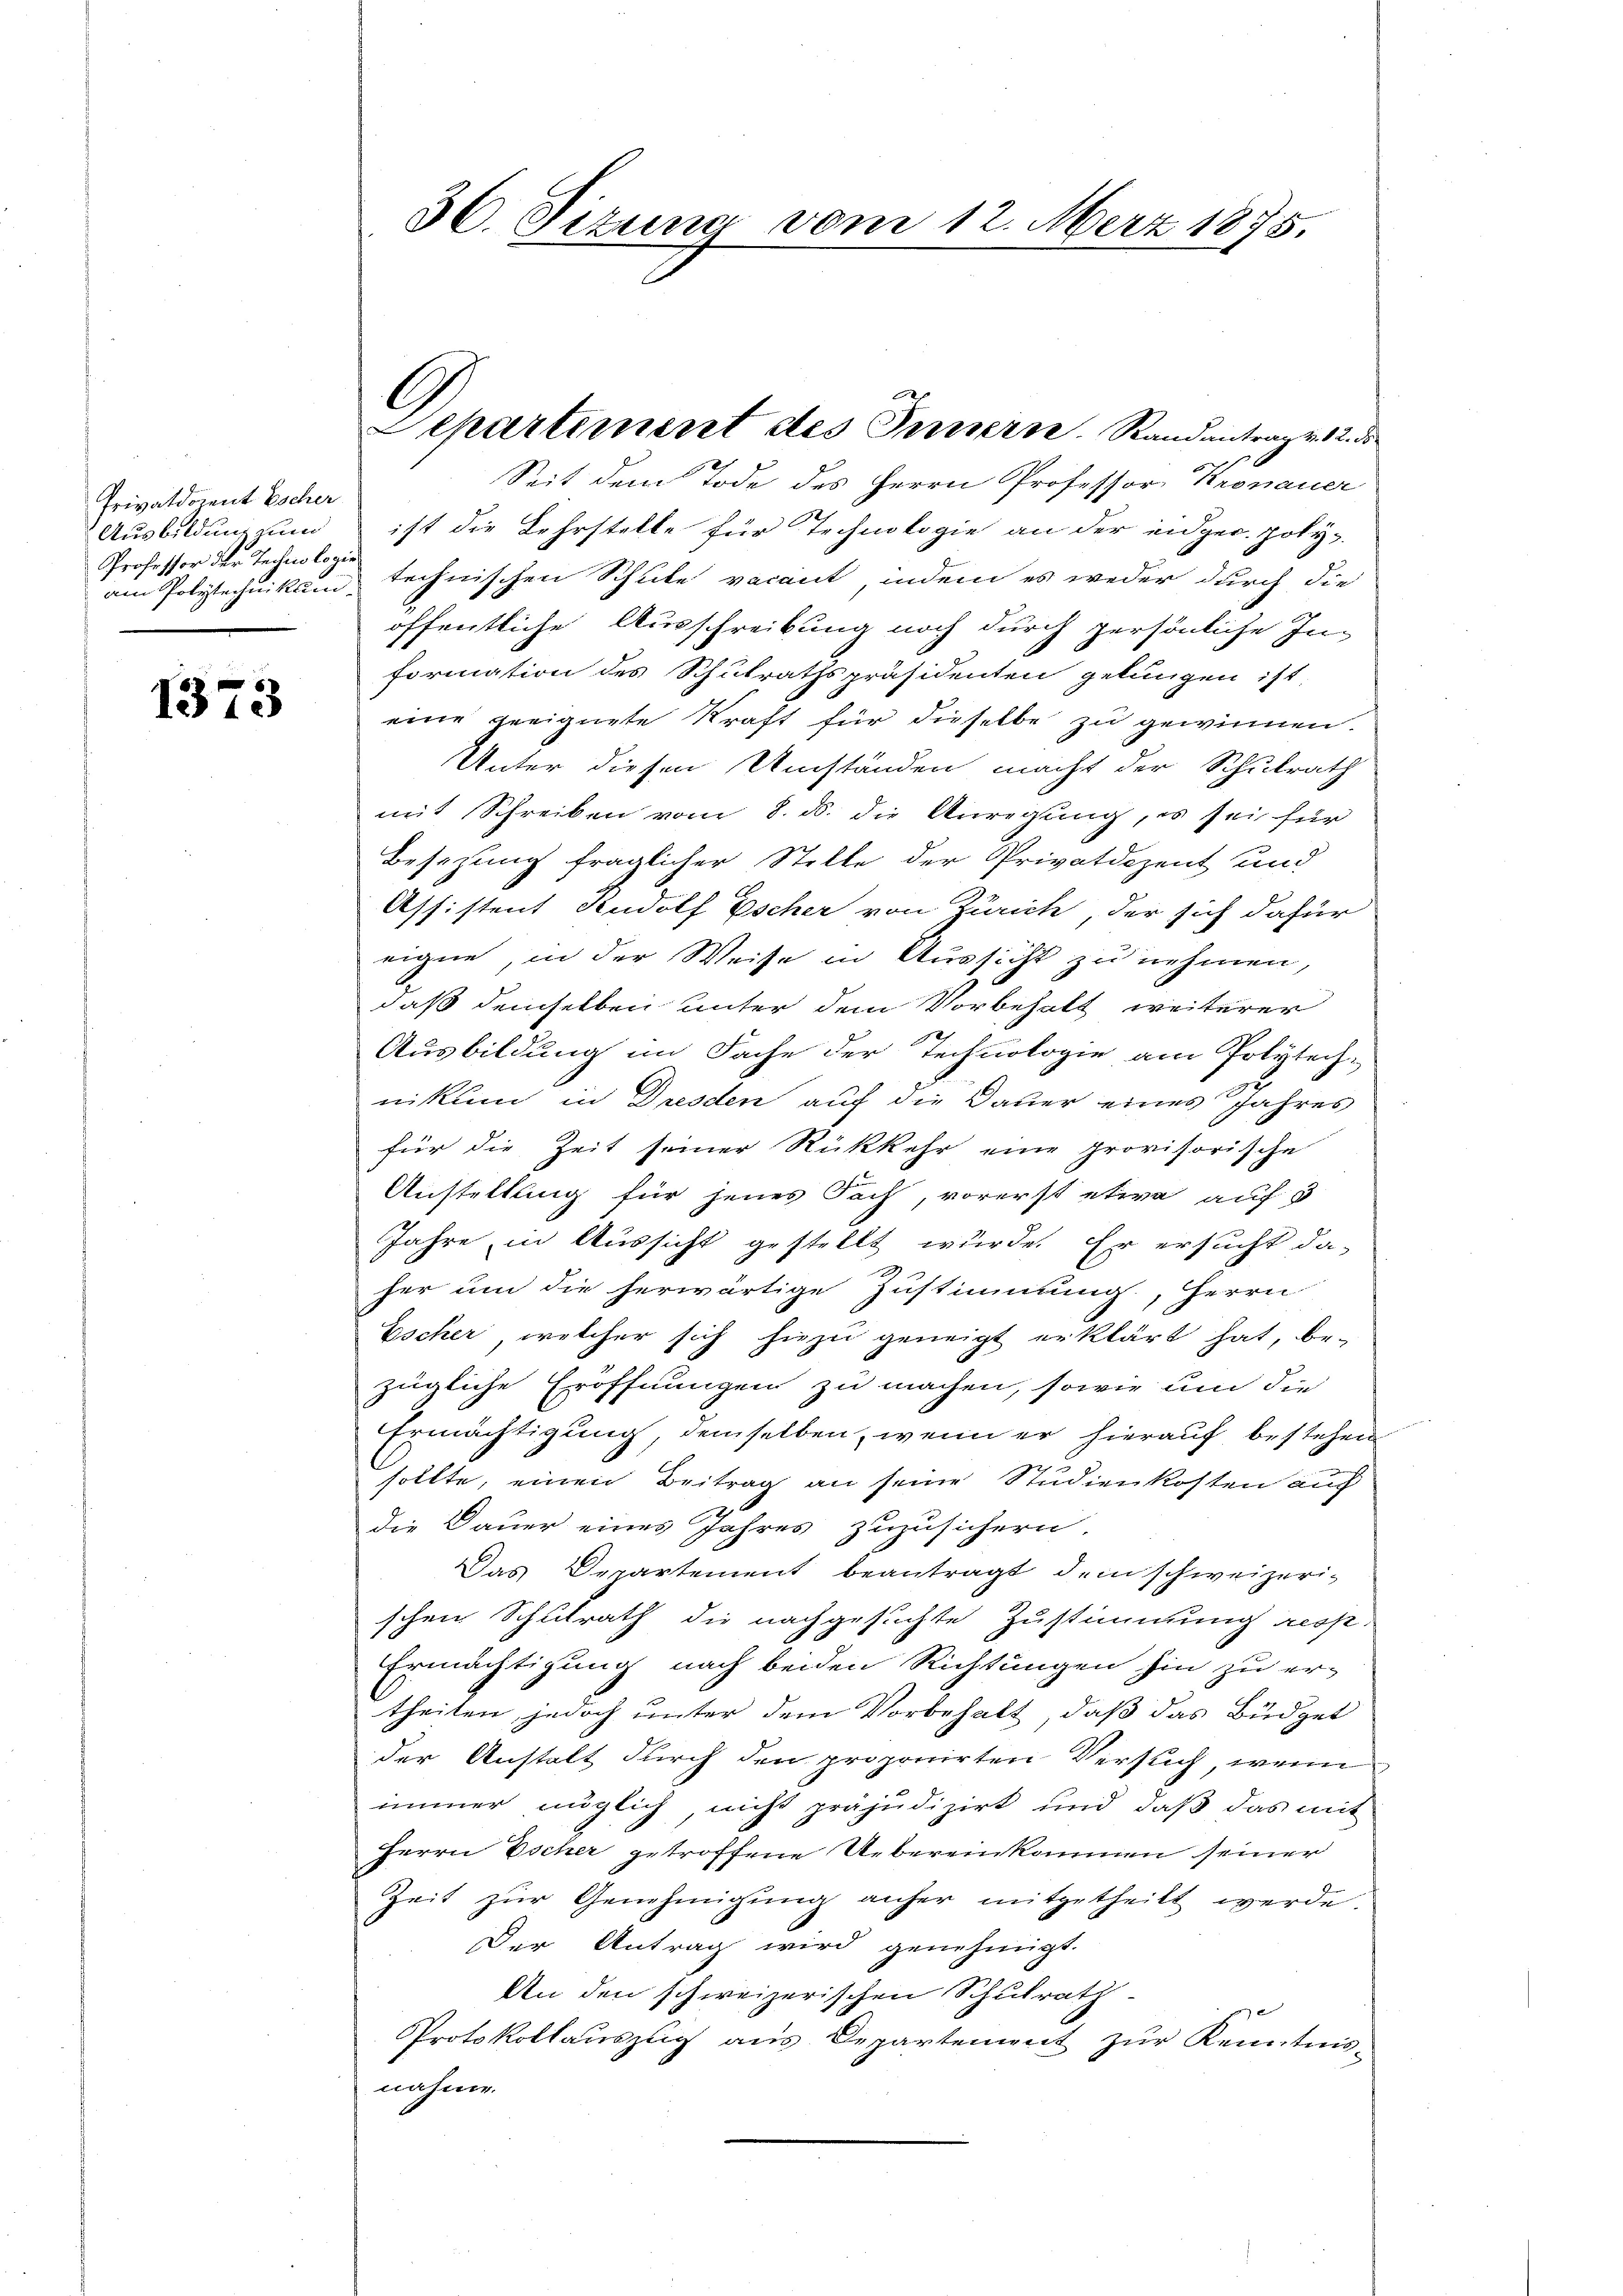
Privatdocent Escher
Ausbildung zum
Professor der Technologie

87
1573

30. Sitzung vom 12. März 1875.

Seit dem Tode des Herrn Professor Kronauer
ist die Lehrstelle für Technologie an der eidger. Joly-
am Polytechnikum technischen Schule vacant, indem es weder durch die
öffentliche Ausschreibung noch durch persönliche In-
formation des Schulrathspräsidenten gelungen ist,
eine geeignete Kraft für dieselbe zu gewinnen.
Unter diesen Umständen macht der Schulrath
mit Schreiben vom 8. ds. die Anregung, es sei für
Besizung fraglicher Stelle der Privatdozent und
Assistent Rudolf Escher von Zürich, der sich dafür
eigne, in der Weise in Aussicht zu nehmen,
daß demselben unter dem Vorbehalt weiterer
Ausbildung im Sache der Technologie am Polytech-
nikum in Dresden auf die Dauer eines Jahres
für die Zeit seiner Rückkehr eine provisorische
Anstellung für jenes Fach, vorerst etwa auf d
Jahre in Aussicht gestellt wurde. Er ersucht da-
her um die herwärtige Zustimmung, Herrn
Escher, welcher sich hiezu geneigt erklärt hat, be-
zügliche Eröffnungen zu machen, sowie um die
Ermächtigung, demselben, wenn er hierauf bestehen
sollte, einen Beitrag an seine Studienkosten auf
die Dauer eines Jahres zuzusichern
Das Departement beantragt dem schweizerischen Schulrath die nachgesuchte Zustimmung ress-
Ermächtigung nach beiden Richtungen hin zu er-
theilen, jedoch unter dem Vorbehalt, daß das Büdget
der Anstalt durch den proponirten Versuch, wenn
immer möglich nicht präjudizirt und daß das mit
Herrn Escher getroffene Uebereinkommen seiner
Zeit zŭr Genehmigŭng anher mitgetheilt werde.
Der Antrag wird genehmigt.
An den schweizerischen Schulrath
Protokollauszug aus Departement zur Kenntnis-
nahme.

Separtiment des Innern. Randantrag v. 2. ds